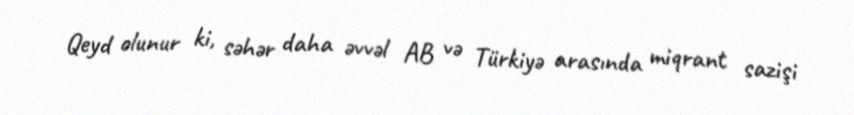
Qeyd olunur ki, səhər daha əvvəl AB və Türkiyə arasında miqrant sazişi